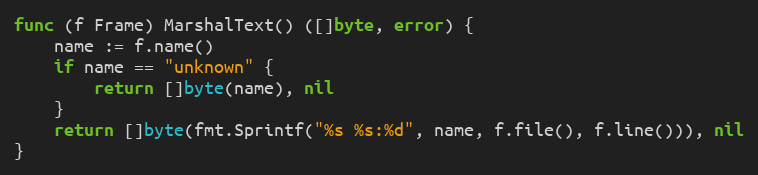
Language: Go
func (f Frame) MarshalText() ([]byte, error) {
	name := f.name()
	if name == "unknown" {
		return []byte(name), nil
	}
	return []byte(fmt.Sprintf("%s %s:%d", name, f.file(), f.line())), nil
}